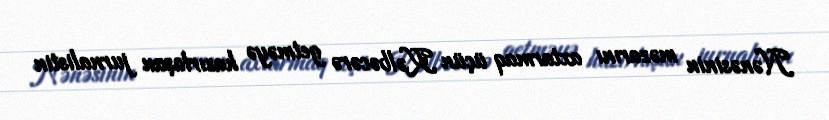
Nənəsinin məzarını axtarmaq üçün Kəlbəcərə getməyə hazırlaşan jurnalistin